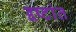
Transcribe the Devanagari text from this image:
द्दष्टांत